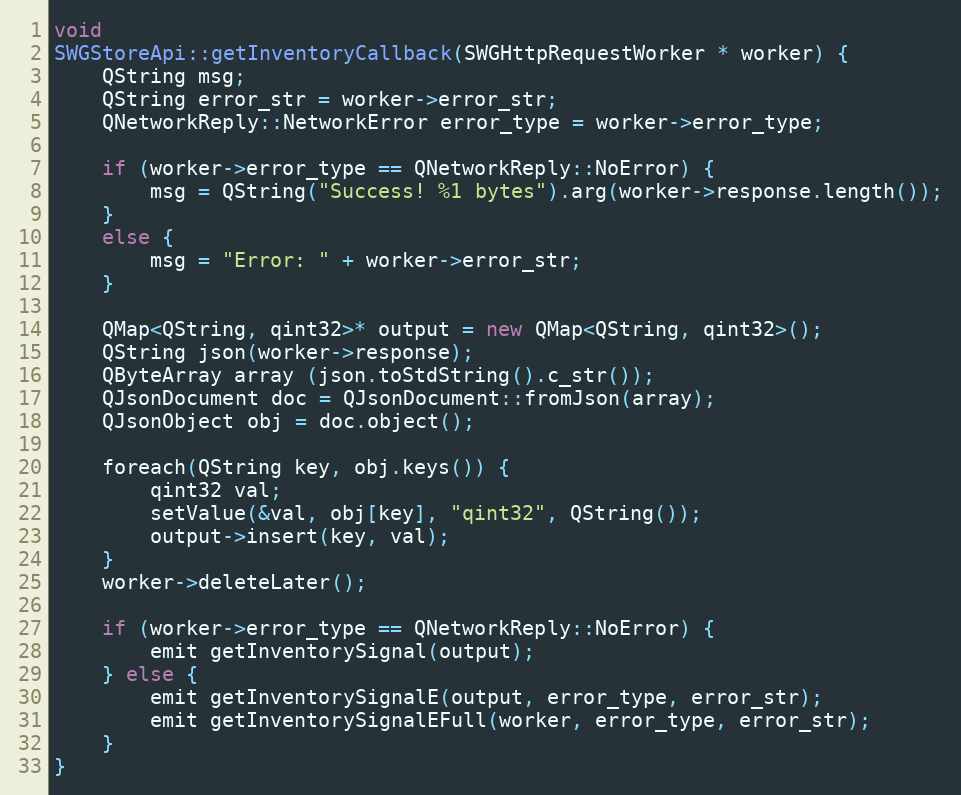
Language: C++
void
SWGStoreApi::getInventoryCallback(SWGHttpRequestWorker * worker) {
    QString msg;
    QString error_str = worker->error_str;
    QNetworkReply::NetworkError error_type = worker->error_type;

    if (worker->error_type == QNetworkReply::NoError) {
        msg = QString("Success! %1 bytes").arg(worker->response.length());
    }
    else {
        msg = "Error: " + worker->error_str;
    }

    QMap<QString, qint32>* output = new QMap<QString, qint32>();
    QString json(worker->response);
    QByteArray array (json.toStdString().c_str());
    QJsonDocument doc = QJsonDocument::fromJson(array);
    QJsonObject obj = doc.object();

    foreach(QString key, obj.keys()) {
        qint32 val;
        setValue(&val, obj[key], "qint32", QString());
        output->insert(key, val);
    }
    worker->deleteLater();

    if (worker->error_type == QNetworkReply::NoError) {
        emit getInventorySignal(output);
    } else {
        emit getInventorySignalE(output, error_type, error_str);
        emit getInventorySignalEFull(worker, error_type, error_str);
    }
}